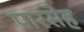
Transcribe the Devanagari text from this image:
पारसेह